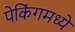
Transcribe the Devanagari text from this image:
पेकिंगमध्ये